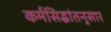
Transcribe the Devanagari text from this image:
कर्मसिद्धांतनुसार